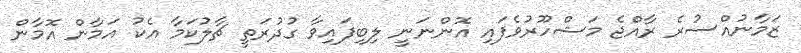
ޒަމާނުއްސުރެ ރާއްޖެ މަޝްހޫރުވެފައި އޮންނަނީ ލިބިފައިވާ ގުދުރަތީ ޗާލުކަމާ އެކު އަމާން އޮމާން